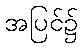
အပြင်၌